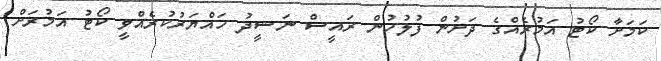
ކަމަށާ ކޯޓު އަމުރެއްގެ ދަށުން ފުލުހުން ރައީސް ނަޝީދު ހައްޔަރުކުރެއްވީ ކޯޓު އަމުރަށް